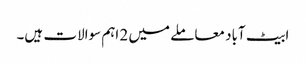
ابیٹ آباد معاملے میں 2 اہم سوالات ہیں۔